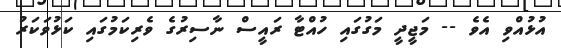
އުޅުއްވި އެވެ -- މަޖީދީ މަގުގައި ހުއްޓާ ރައީސް ނާސިރުގެ ވެރިކަމުގައި ކަޅުވަކަރު